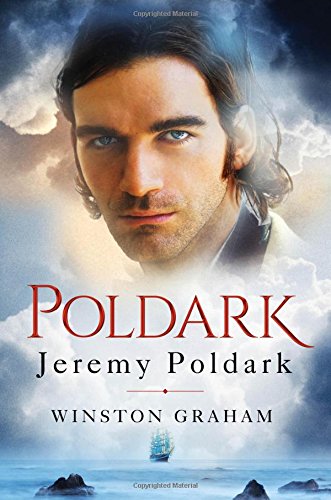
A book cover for Jeremy Poldark: A Novel of Cornwall, 1790-1791; Winston Graham; Literature & Fiction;